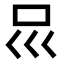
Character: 𠮰